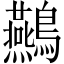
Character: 䴏